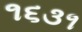
૧૬૩૧